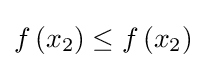
f\left(x_{2}\right)\leq f\left(x_{2}\right)